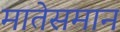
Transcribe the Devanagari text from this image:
मातेसमान